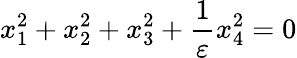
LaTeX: x_{1}^{2}+x_{2}^{2}+x_{3}^{2}+{\frac{1}{\varepsilon}}x_{4}^{2}=0